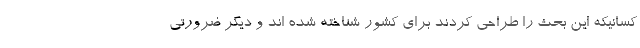
کسانیکه این بحث را طراحی کردند برای کشور شناخته شده اند و دیگر ضرورتی